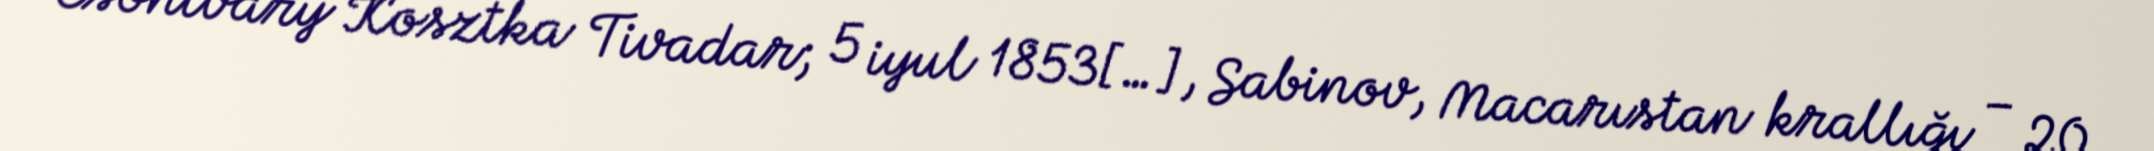
Csontváry Kosztka Tivadar; 5 iyul 1853[…], Sabinov, Macarıstan krallığı – 20